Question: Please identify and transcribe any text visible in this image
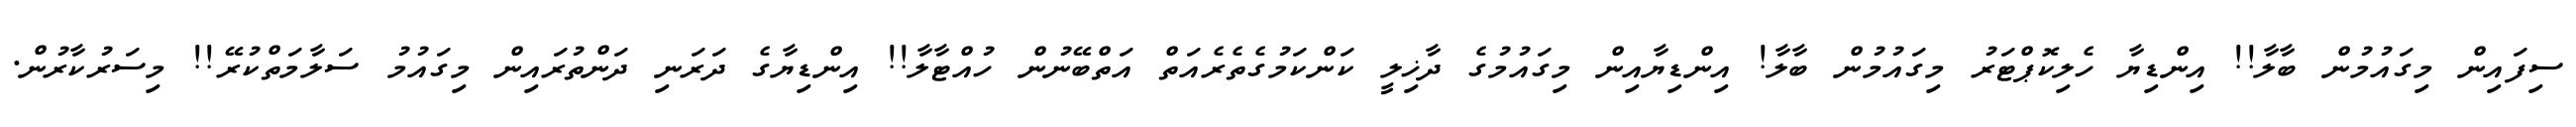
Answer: ސިފައިން މިގައުމުން ބާލާ!! އިންޑިޔާ ހެލިކޮޕްޓަރު މިގައުމުން ބާލާ! އިންޑިޔާއިން މިގައުމުގެ ދާޚިލީ ކަންކަމުގެތެރެއަތް އަތްބޭނުން ހުއްޓާލާ!! އިންޑިޔާގެ ދަރަނި ދަންތުރައިން މިގައުމު ސަލާމަތްކުރޭ!! މިސަރުކާރުން.